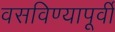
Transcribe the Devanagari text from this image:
वसविण्यापूर्वी